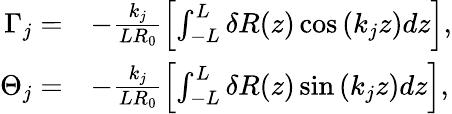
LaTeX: \begin{array}{rl}{\Gamma_{j}=}&{-\frac{k_{j}}{LR_{0}}\left[\int_{-L}^{L}\delta R(z)\cos\left(k_{j}z\right)dz\right],}\\ {\Theta_{j}=}&{-\frac{k_{j}}{LR_{0}}\left[\int_{-L}^{L}\delta R(z)\sin\left(k_{j}z\right)dz\right],}\end{array}